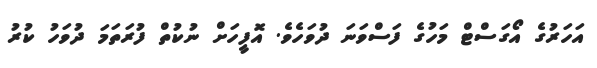
އަހަރުގެ އޯގަސްޓް މަހުގެ ފަސްވަނަ ދުވަހެވެ. އޮފީހަށް ނުކުތް ފުރަތަމަ ދުވަހު ކުރު